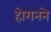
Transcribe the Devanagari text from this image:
होगनने